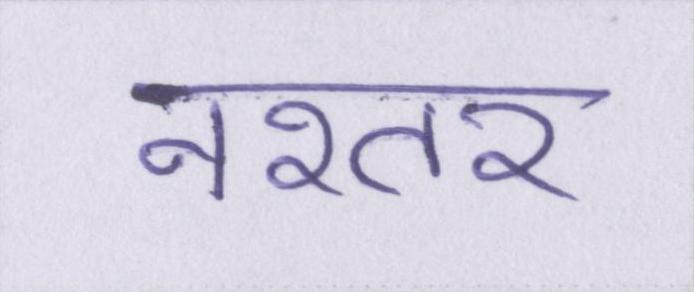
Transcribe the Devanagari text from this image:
नश्तर